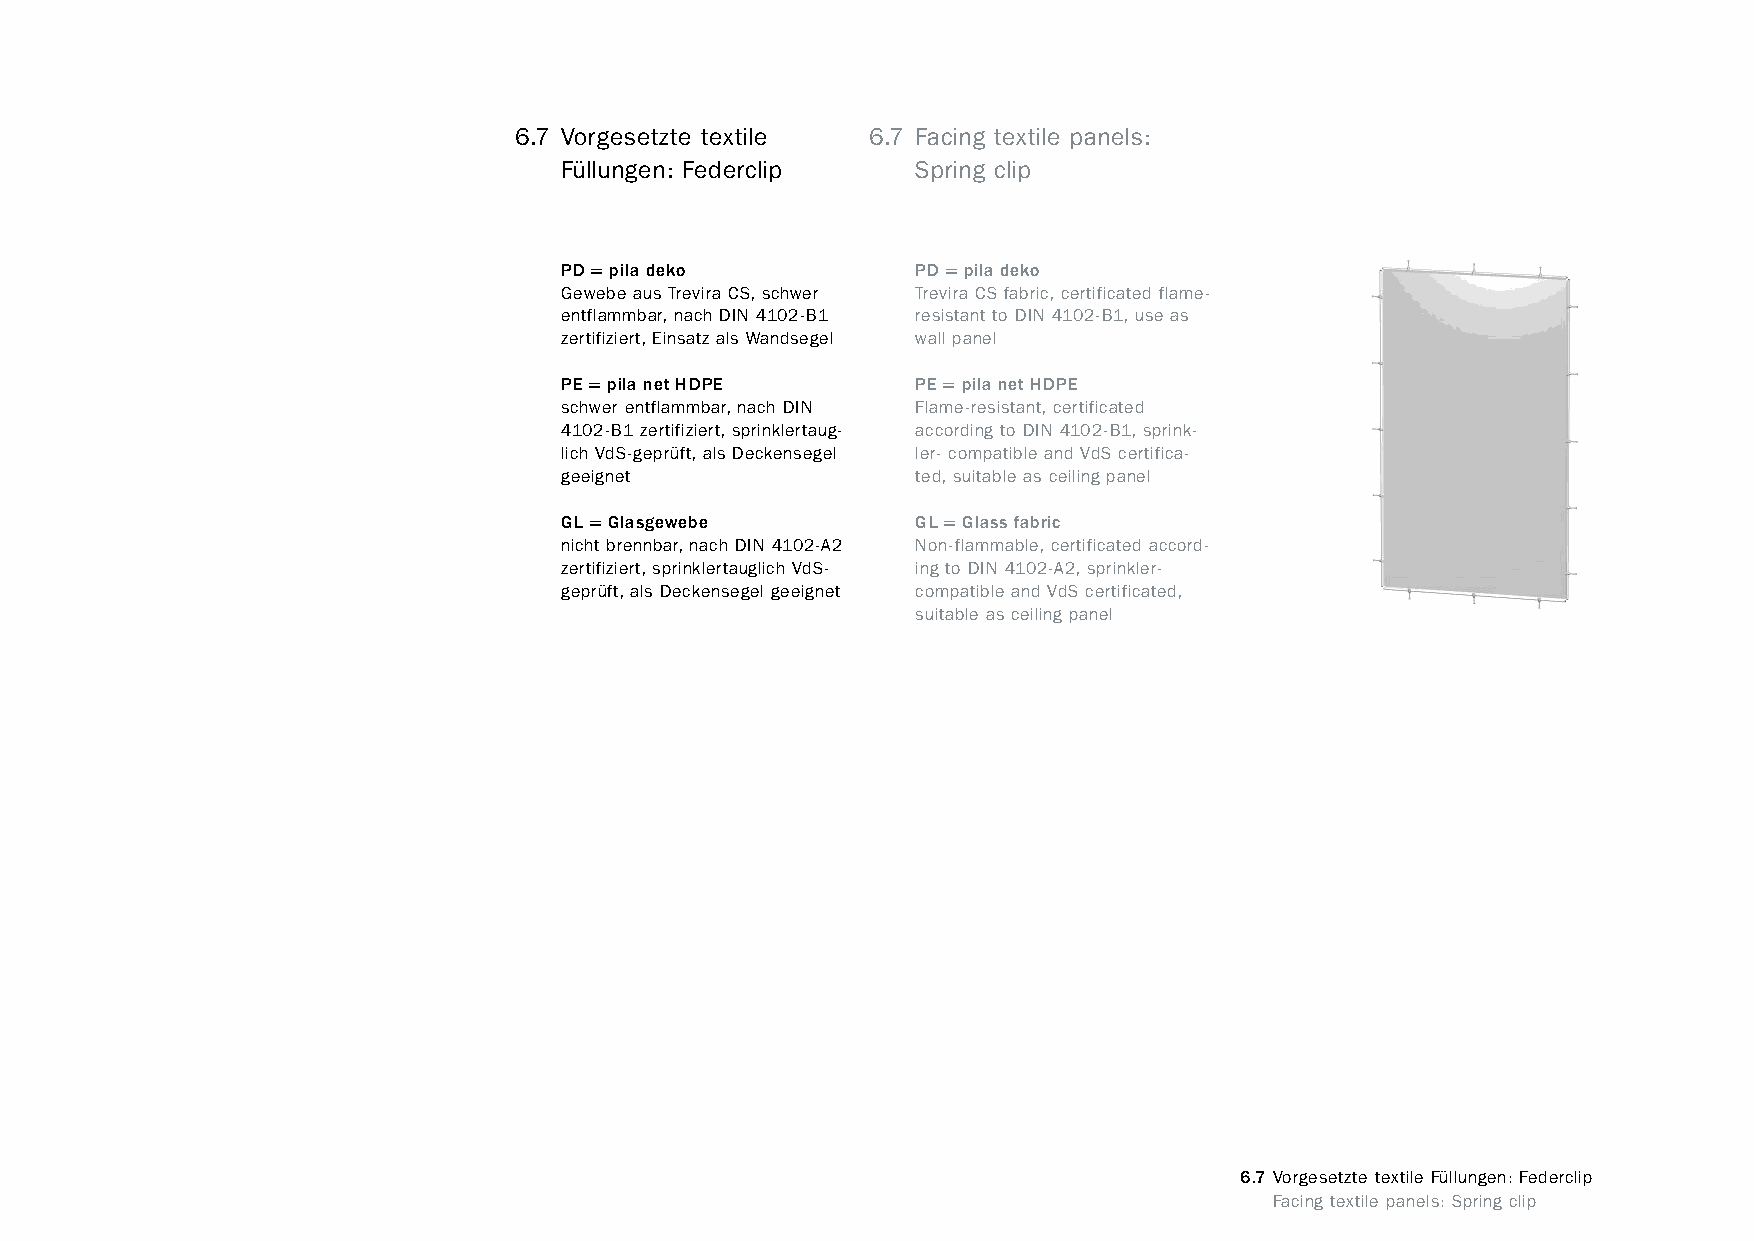
constructivpila petite        6.7 Vorgesetzte textile 6.7 Facing textile panels:
 Füllungen: Federclip    Spring clip
 PD = pila deko          PD = pila deko
 Gewebe aus Trevira CS, schwer Trevira CS fabric, certificated flame-
 entflammbar, nach DIN 4102-B1 resistant to DIN 4102-B1, use as
 zertifiziert, Einsatz als Wandsegel wall panel
 PE = pila net HDPE      PE = pila net HDPE
 schwer entflammbar, nach DIN Flame-resistant, certificated
 4102-B1 zertifiziert, sprinklertaug- according to DIN 4102-B1, sprink-
 lich VdS-geprüft, als Deckensegel ler- compatible and VdS certifica-
 geeignet                ted, suitable as ceiling panel
 GL = Glasgewebe         GL = Glass fabric
 nicht brennbar, nach DIN 4102-A2 Non-flammable, certificated accord-
 zertifiziert, sprinklertauglich VdS- ing to DIN 4102-A2, sprinkler-
 geprüft, als Deckensegel geeignet compatible and VdS certificated,
 suitable as ceiling panel
 6.7 Vorgesetzte textile Füllungen: Federclip
 www.burkhardtleitner.de                                                         Facing textile panels: Spring clip